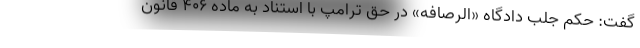
گفت: حکم جلب دادگاه «الرصافه» در حق ترامپ با استناد به ماده ۴۰۶ قانون